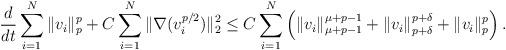
LaTeX: \begin{align*}\frac{d}{dt}\sum_{i=1}^{N}\|v_i\|_p^p + C\sum_{i=1}^{N}\|\nabla(v_i^{p/2})\|_2^2 \leq C\sum_{i=1}^{N}\left(\|v_i\|_{\mu+p-1}^{\mu+p-1} + \|v_i\|_{p+{\delta}}^{p+{\delta}} + \|v_i\|_p^p\right).\end{align*}